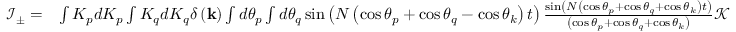
\begin{array} { r l } { \mathcal { I } _ { \pm } = } & { \int K _ { p } d K _ { p } \int K _ { q } d K _ { q } \delta \left( \mathbf { k } \right) \int d \theta _ { p } \int d \theta _ { q } \sin \left( N \left( \cos \theta _ { p } + \cos \theta _ { q } - \cos \theta _ { k } \right) t \right) \frac { \sin \left( N \left( \cos \theta _ { p } + \cos \theta _ { q } + \cos \theta _ { k } \right) t \right) } { \left( \cos \theta _ { p } + \cos \theta _ { q } + \cos \theta _ { k } \right) } \mathcal { K } } \end{array}